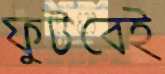
ফুটবেই